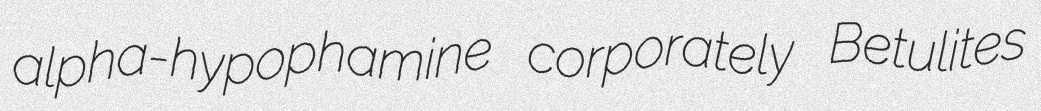
alpha-hypophamine corporately Betulites